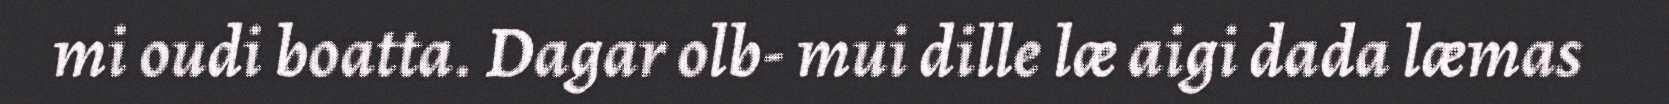
mi oudi boatta. Dagar olb- mui dille læ aigi dada læmas